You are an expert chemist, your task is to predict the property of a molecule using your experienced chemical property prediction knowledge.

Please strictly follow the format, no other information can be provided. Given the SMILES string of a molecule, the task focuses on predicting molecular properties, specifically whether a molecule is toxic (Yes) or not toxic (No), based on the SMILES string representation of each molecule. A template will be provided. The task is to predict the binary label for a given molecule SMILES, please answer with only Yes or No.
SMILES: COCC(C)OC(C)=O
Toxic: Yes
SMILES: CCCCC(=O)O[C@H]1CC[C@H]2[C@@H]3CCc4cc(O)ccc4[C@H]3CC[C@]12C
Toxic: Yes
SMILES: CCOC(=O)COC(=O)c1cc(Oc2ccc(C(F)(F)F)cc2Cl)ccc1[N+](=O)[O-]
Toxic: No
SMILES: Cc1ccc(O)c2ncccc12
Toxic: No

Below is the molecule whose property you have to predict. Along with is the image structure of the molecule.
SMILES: COc1ccccc1N1CCN(CCCCNC(=O)c2ccc(-c3ccc(C(C)=O)cc3)cc2)CC1
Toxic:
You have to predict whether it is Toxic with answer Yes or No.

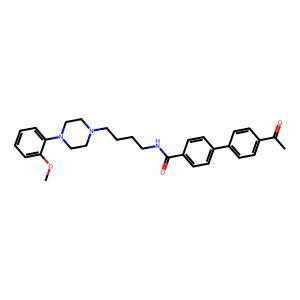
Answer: No